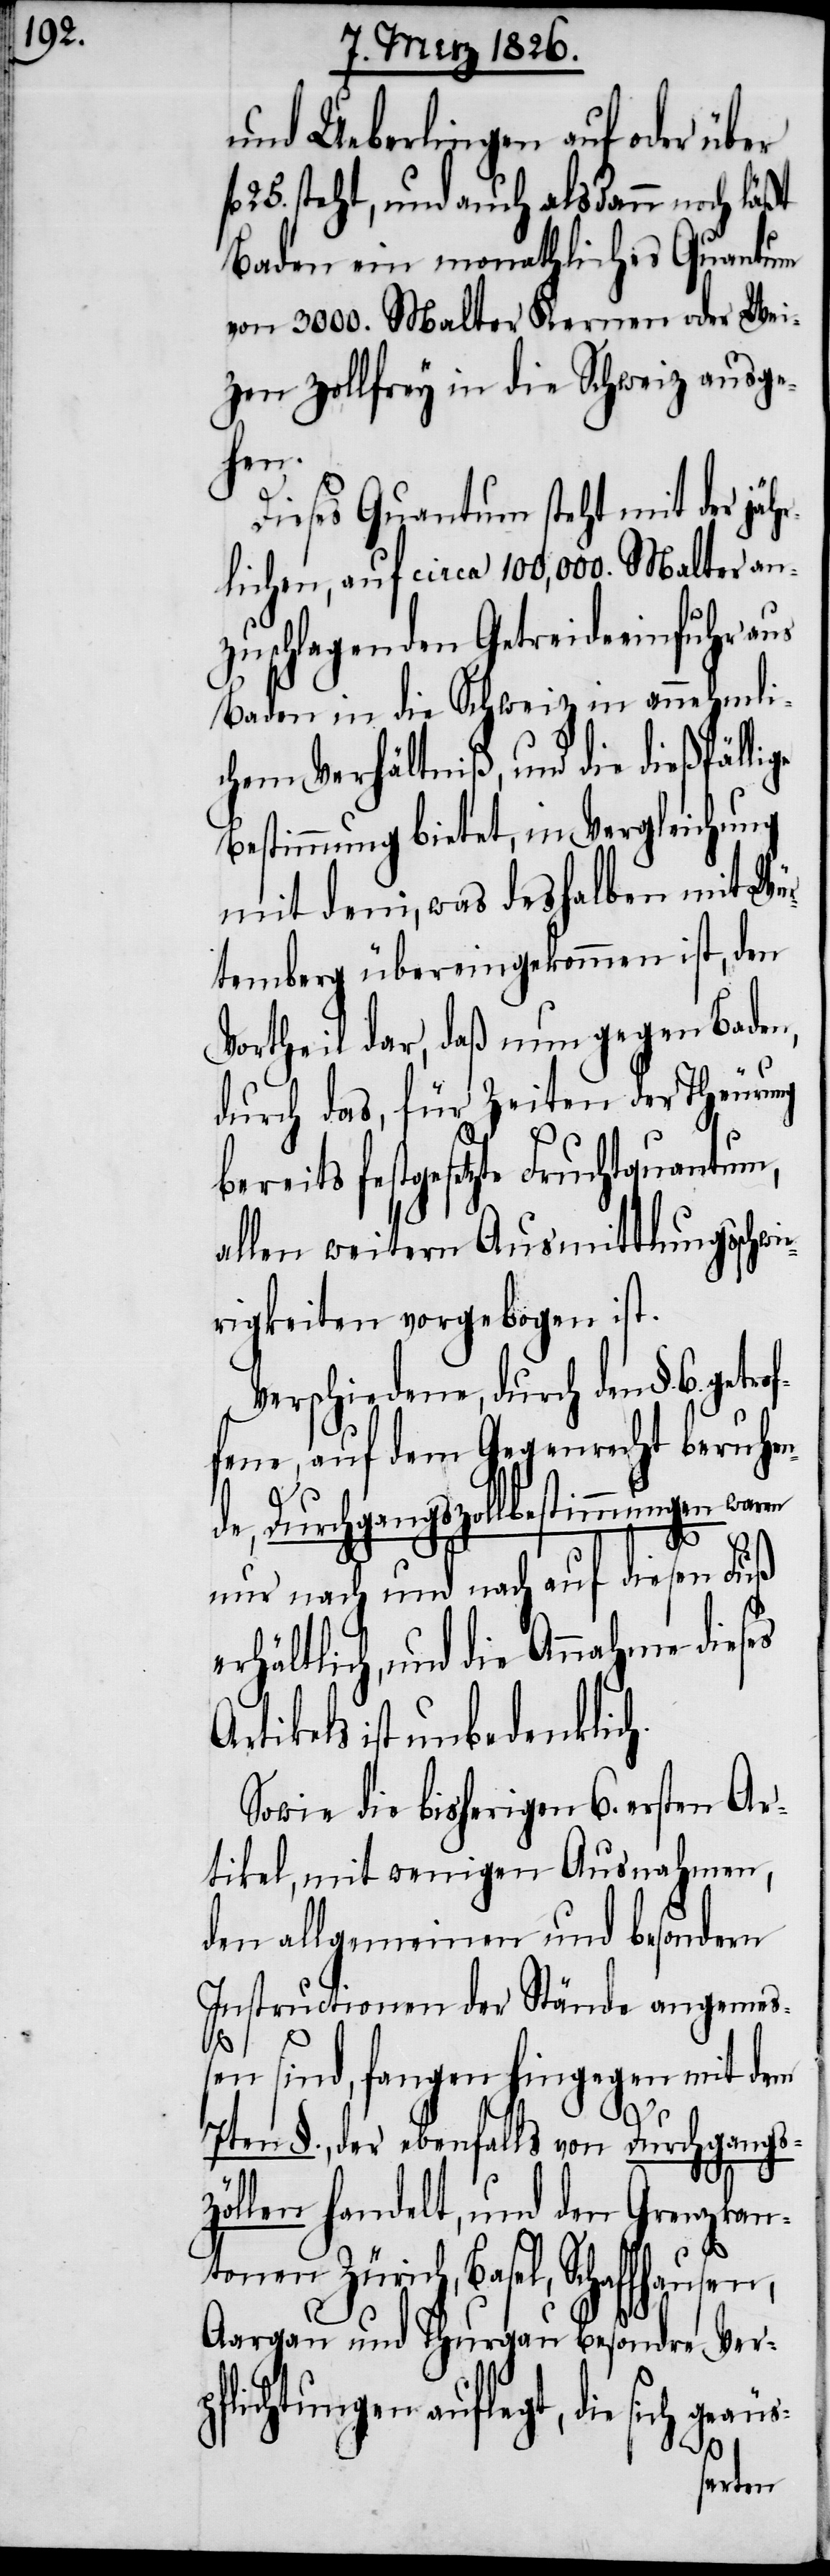
und Ueberlingen auf oder über
25. steht, und auch alsdann noch läßt
Baden ein monathliches Quantum
von 3000. Malter Kernen oder Wei¬
zen zollfrey in die Schweiz ausge¬
hen.
Dieses Quantum steht mit der jäh¬
rlichen, auf circa 100,000. Malter an¬
zuschlagenden Getreideeinfuhr aus
Baden in die Schweiz in annehmli¬
chem Verhältniß, und die dießfällige
Bestimmung bietet, in Vergleichung
mit dem, was deshalben mit Wür¬
temberg übereingekommen ist, den
Vortheil dar, daß nun gegen Baden,
durch das, für Zeiten der Theuerung
bereits festgesetzte Fruchtquantum,
allen weitern Ausmittlungsschwie¬
rigkeiten vorgebogen ist.
Verschiedene, durch den §. 6. get¬
fene, auf dem Gegenrecht beruhen¬
s-
de, Durchgangszollbestimmungen waren
nur nach und nach auf diesen Fuß e¬
rhältlich, und die Annahme dieses
Artikels ist unbedenklich.
Sowie die bisherigen 6. ersten Ar¬
tikel, mit wenigen Ausnahmen,
den allgemeinen und besondern
Instructionen der Stände angemeß¬
en sind, fangen hingegen mit dem
rof¬
7ten §., der ebenfalls von Durchgangs-Z¬
öllen handelt, und den Grenzkan¬
tonen Zürich, Basel,
Aargau und Thurgau besondre Verp¬
flichtungen auflegt, die sich geäu¬